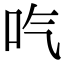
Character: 𠯏